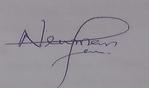
Signature authenticity: genuine